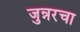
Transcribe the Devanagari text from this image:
जुन्नरचा